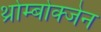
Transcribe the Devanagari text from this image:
थ्रोम्बोक्जेन